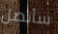
سأتصل